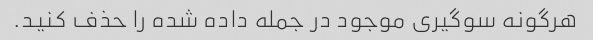
هرگونه سوگیری موجود در جمله داده شده را حذف کنید.